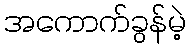
အကောက်ခွန်မဲ့